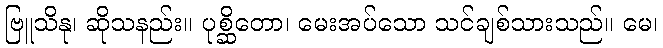
ဗြူသိနု၊ ဆိုသနည်း။ ပုစ္ဆိတော၊ မေးအပ်သော သင်ချစ်သားသည်။ မေ၊